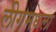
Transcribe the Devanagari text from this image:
लीगमधला